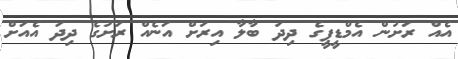
އެއް ރަށުން އެމްޑީޕީގެ ދިދަ ބާލާ އިރަށް އަނެއް ރަށުގެ ދިދަ އެއަށް